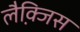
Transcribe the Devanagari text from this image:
लैक्जि़स